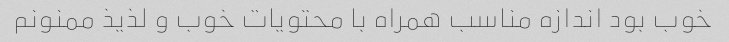
خوب بود اندازه مناسب همراه با محتویات خوب و لذیذ ممنونم